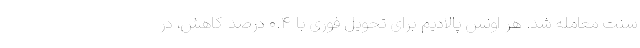
سنت معامله شد. هر اونس پالادیم برای تحویل فوری با ۰.۴ درصد کاهش، در